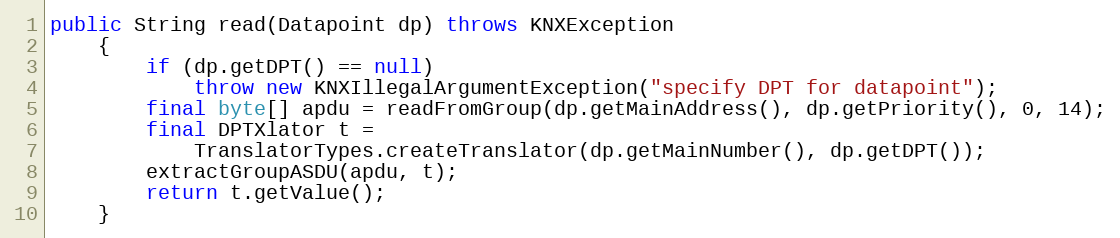
Language: Java
public String read(Datapoint dp) throws KNXException
	{
		if (dp.getDPT() == null)
			throw new KNXIllegalArgumentException("specify DPT for datapoint");
		final byte[] apdu = readFromGroup(dp.getMainAddress(), dp.getPriority(), 0, 14);
		final DPTXlator t =
			TranslatorTypes.createTranslator(dp.getMainNumber(), dp.getDPT());
		extractGroupASDU(apdu, t);
		return t.getValue();
	}